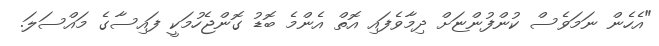
"އެހެން ނަމަވެސް ކުންފުންޏަށް ދިމާވެފައި އޮތް އެންމެ ބޮޑު ގޮންޖެހުމަކީ ފައިސާގެ މައްސަލަ.